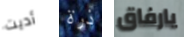
أديت ذرة يارفاق